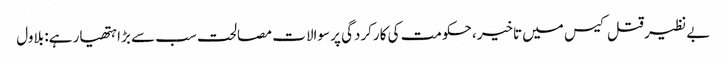
بے نظیر قتل کیس میں تاخیر، حکومت کی کارکردگی پر سوالات مصالحت سب سے بڑا ہتھیار ہے: بلاول